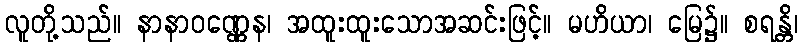
လူတို့သည်။ နာနာဝဏ္ဏေန၊ အထူးထူးသောအဆင်းဖြင့်။ မဟိယာ၊ မြေ၌။ စရန္တိ၊